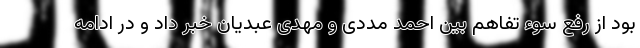
بود از رفع سوء تفاهم بین احمد مددی و مهدی عبدیان خبر داد و در ادامه